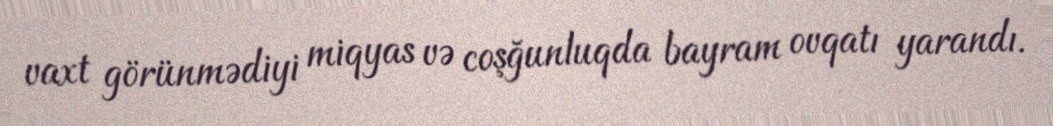
vaxt görünmədiyi miqyas və coşğunluqda bayram ovqatı yarandı.